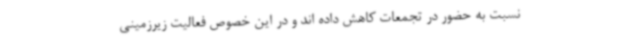
نسبت به حضور در تجمعات کاهش داده اند و در این خصوص فعالیت زیرزمینی